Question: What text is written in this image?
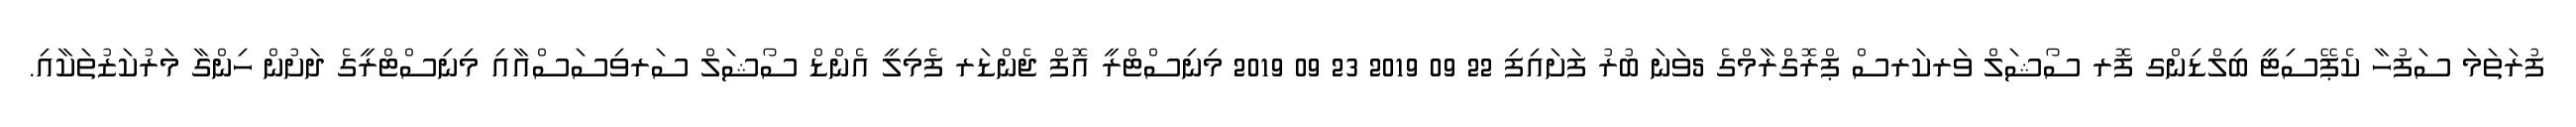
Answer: ފުރަތަމަ ސަފުހާ ކެޕޭސިޓީ ބިލްޑިންގ ފޮރ ސޯޝަލް ވަރކަރސް ޕްރޮގްރާމްގެ 5ވަނަ ބުރު ފަށައިފި 22 09 2019 23 09 2019 މިނިސްޓްރީ އޮފް ޖެންޑަރ ފެމިލީ އެންޑް ސޯޝަލް ސަރވިސަސްއާއި މިނިސްޓްރީގެ ދަށުން ހިންގާ މަރުކަޒުތަކާއި.